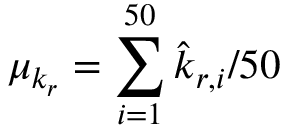
\mu _ { k _ { r } } = \sum _ { i = 1 } ^ { 5 0 } \hat { k } _ { r , i } / 5 0